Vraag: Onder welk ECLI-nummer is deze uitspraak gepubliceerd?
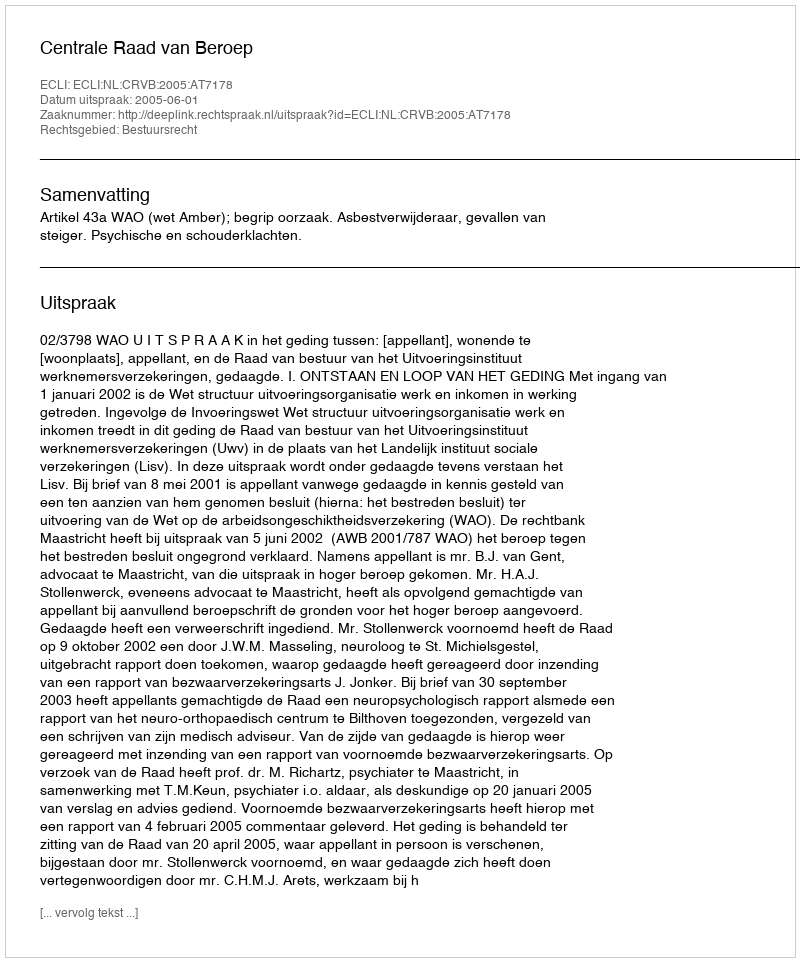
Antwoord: ECLI:NL:CRVB:2005:AT7178